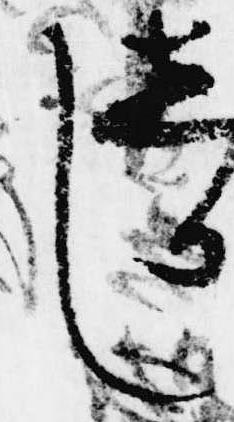
し